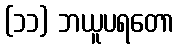
(၁၁) ဘယူပရတော